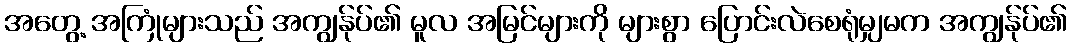
အတွေ့ အကြုံများသည် အကျွန်ုပ်၏ မူလ အမြင်များကို များစွာ ပြောင်းလဲစေရုံမျှမက အကျွန်ုပ်၏